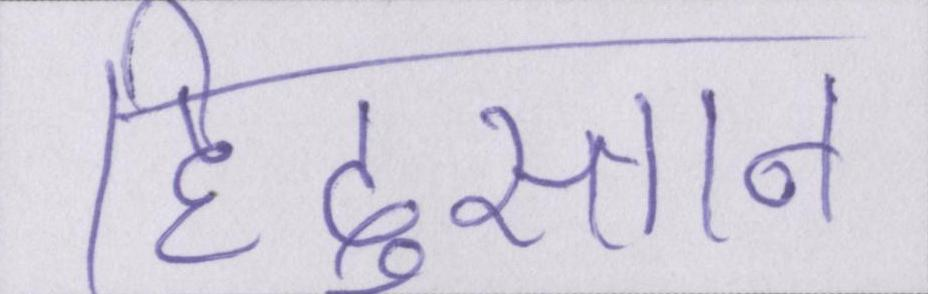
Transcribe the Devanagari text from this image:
हिंदुस्तान